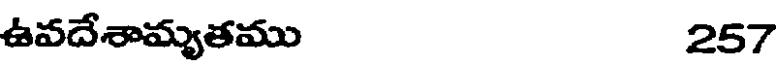
ఉవదేశామ్యతము 257